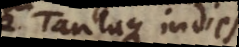
Tantaque indies